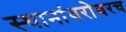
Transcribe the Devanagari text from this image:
स्थानांबरोबरच